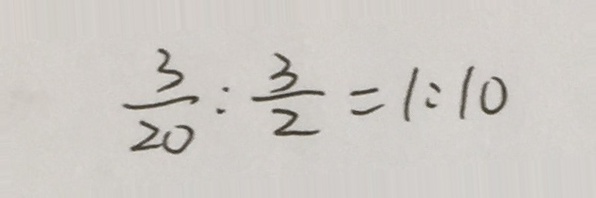
\frac { 3 } { 2 0 } : \frac { 3 } { 2 } = 1 : 1 0